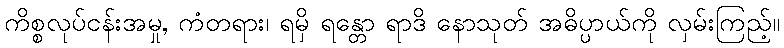
ကိစ္စလုပ်ငန်းအမှု, ကံတရား၊ ရမှိ ရန္တော ရာဒိ နောသုတ် အဓိပ္ပာယ်ကို လှမ်းကြည့်။